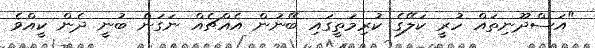
"އަސްދޫނިތައް ހުރީ ކަލޭގެ ކުރިމަތީގައި ބޭނުން އެއްޗެއް ނަގަން ބުނީ ދެން ކީއްވެ